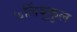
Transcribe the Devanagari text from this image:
७लिंबुकुल